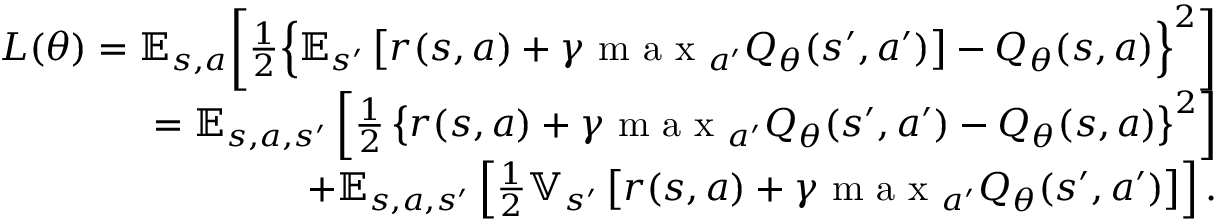
\begin{array} { r } { L ( \theta ) = \mathbb { E } _ { s , a } \bigg [ \frac { 1 } { 2 } \Big \lbrace \mathbb { E } _ { s ^ { \prime } } \left[ r ( s , a ) + \gamma \mathrm { ~ m ~ a ~ x ~ } _ { a ^ { \prime } } Q _ { \theta } ( s ^ { \prime } , a ^ { \prime } ) \right] - Q _ { \theta } ( s , a ) \Big \rbrace ^ { 2 } \bigg ] } \\ { = \mathbb { E } _ { s , a , s ^ { \prime } } \left[ \frac { 1 } { 2 } \left\lbrace r ( s , a ) + \gamma \mathrm { ~ m ~ a ~ x ~ } _ { a ^ { \prime } } Q _ { \theta } ( s ^ { \prime } , a ^ { \prime } ) - Q _ { \theta } ( s , a ) \right\rbrace ^ { 2 } \right] } \\ { + \mathbb { E } _ { s , a , s ^ { \prime } } \left[ \frac { 1 } { 2 } \mathbb { V } _ { s ^ { \prime } } \left[ r ( s , a ) + \gamma \mathrm { ~ m ~ a ~ x ~ } _ { a ^ { \prime } } Q _ { \theta } ( s ^ { \prime } , a ^ { \prime } ) \right] \right] . } \end{array}